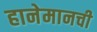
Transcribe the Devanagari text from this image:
हानेमानची